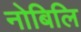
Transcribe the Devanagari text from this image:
नोबिलि